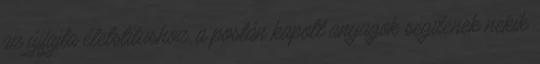
az újfajta életstílushoz, a postán kapott anyagok segítenek nekik